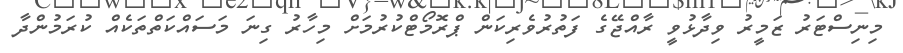
މިނިސްޓަރު ޒަމީރު ވިދާޅުވީ ރާއްޖޭގެ ފަތުރުވެރިކަން ޕްރޮމޯޓްކުރުމަށް މިހާރު ގިނަ މަސައްކަތްތަކެއް ކުރަމުންދާ